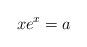
LaTeX: \begin{align*}xe^x=a\end{align*}